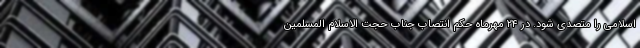
اسلامی را متصدی شود. در ۲۴ مهرماه حکم انتصاب جناب حجت الاسلام المسلمین